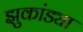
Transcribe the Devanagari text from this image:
झुकांड्या